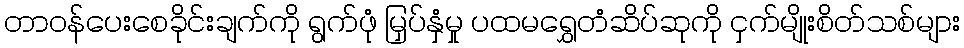
တာဝန်ပေးစေခိုင်းချက်ကို ရွက်ဖုံ မြှပ်နှံမှု ပထမရွှေတံဆိပ်ဆုကို ငှက်မျိုးစိတ်သစ်များ